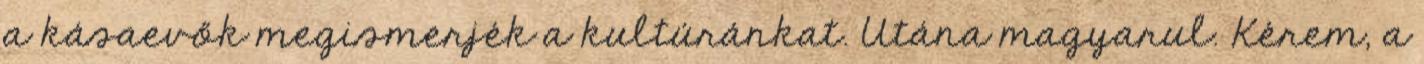
a kásaevők megismerjék a kultúránkat. Utána magyarul. Kérem, a